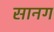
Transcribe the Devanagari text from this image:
सानग